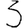
Digit: 3